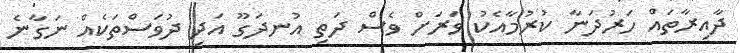
ދާއިރާތައް ހަރުދަނާ ކުރުމާއެކު ވަރަށް ވެސް ދަތި އުނދަގޫ އަދި ދުވަސްތަކެއް ނަގާނެ